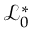
\mathcal { L } _ { 0 } ^ { \ast }